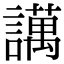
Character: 䜕